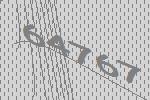
64767